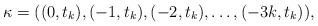
LaTeX: \begin{align*}\kappa = ((0,t_k),(-1,t_k),(-2,t_k),\ldots,(-3k,t_k)),\end{align*}